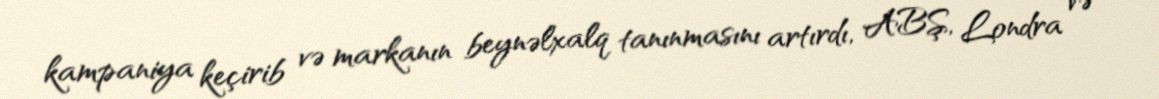
kampaniya keçirib və markanın beynəlxalq tanınmasını artırdı, ABŞ, Londra və